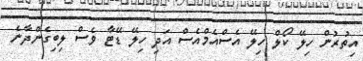
އިތުރުން ހިލޭ ކޯލް ހިލޭ އެސްއެމްއެސް އަދި ހިލޭ ޑޭޓާ ވެސް ލިބިގެންދާނެ